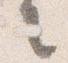
言